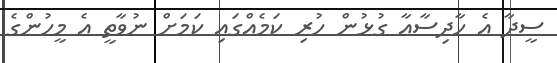
ސީދާ އެ ހާދިސާއާ ގުޅުން ހުރި ކަމެއްގައި ކަމަށް ނުވާތީ އެ މީހުންގެ